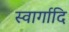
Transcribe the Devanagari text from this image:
स्वार्गादि